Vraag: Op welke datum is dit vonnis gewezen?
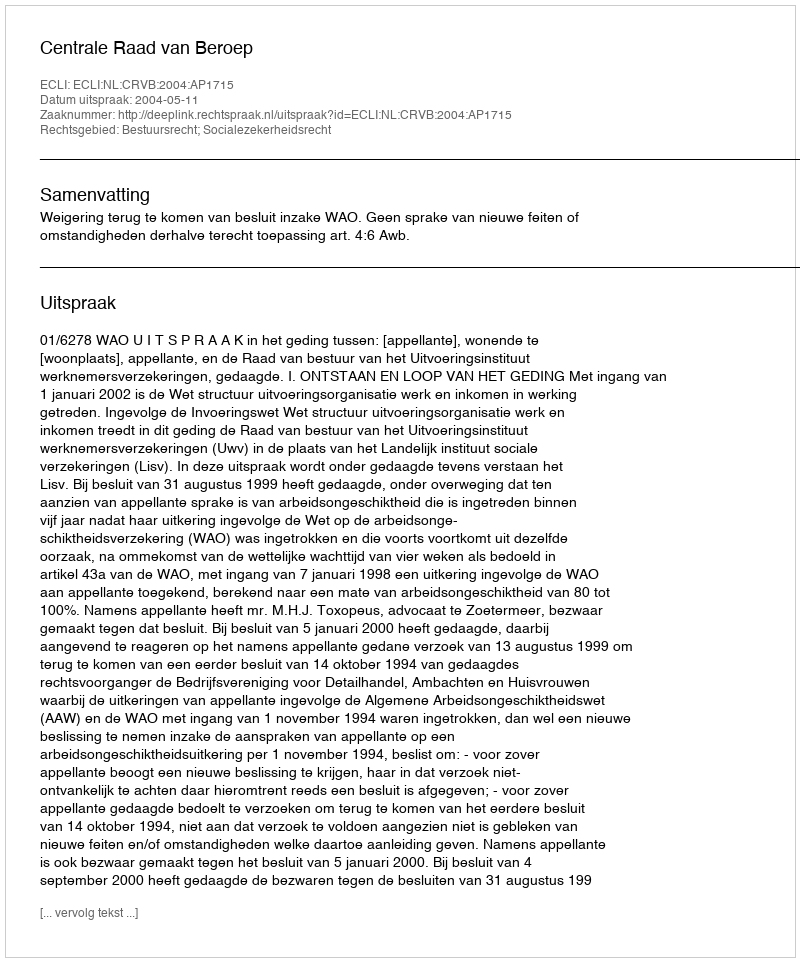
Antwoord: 2004-05-11